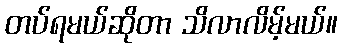
တပ်ရမယ်ဆိုတာ သိလာလိမ့်မယ်။